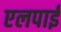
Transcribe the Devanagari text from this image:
एलपाईं